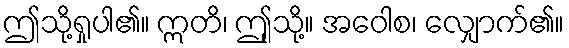
ဤသို့ရှုပါ၏။ ဣတိ၊ ဤုသို့။ အဝေါစ၊ လျှောက်၏။